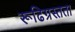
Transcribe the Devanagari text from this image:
रूढिग्रस्तता